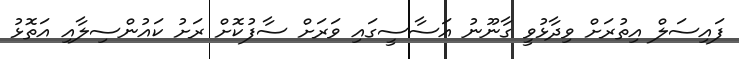
ފައިސަލް އިތުރަށް ވިދާޅުވީ ގާނޫނު އަސާސީގައި ވަރަށް ސާފުކޮށް ރަށު ކައުންސިލާއި އަތޮޅު